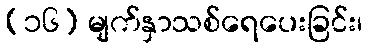
(၁၆) မျက်နှာသစ်ရေပေးခြင်း၊